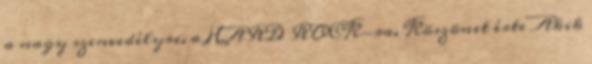
a nagy szenvedélyre, a HARD ROCK-ra. Köszönet érte Akik